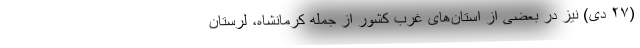
(۲۷ دی) نیز در بعضی از استان‌های غرب کشور از جمله کرمانشاه، لرستان